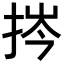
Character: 𢭞